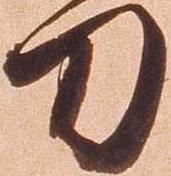
刀